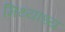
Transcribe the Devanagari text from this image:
मिथ्याध्य